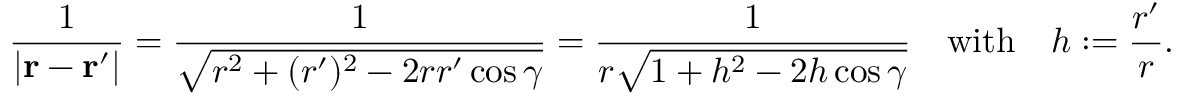
{ \frac { 1 } { | \mathbf { r } - \mathbf { r } ^ { \prime } | } } = { \frac { 1 } { \sqrt { r ^ { 2 } + ( r ^ { \prime } ) ^ { 2 } - 2 r r ^ { \prime } \cos \gamma } } } = { \frac { 1 } { r { \sqrt { 1 + h ^ { 2 } - 2 h \cos \gamma } } } } \quad { \mathrm { w i t h } } \quad h : = { \frac { r ^ { \prime } } { r } } .